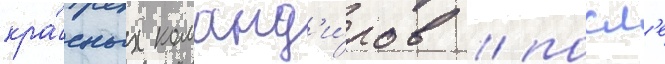
кра́сных команд'и́ров / посл'е